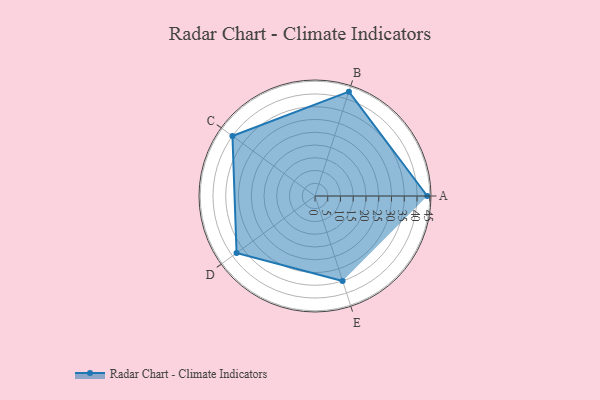
{"axis": {"x": "Skill", "y": "Score"}, "legend": ["Profile"], "data": [{"x": "A", "y": 44.0, "type": "Profile"}, {"x": "B", "y": 43.0, "type": "Profile"}, {"x": "C", "y": 40.0, "type": "Profile"}, {"x": "D", "y": 38.0, "type": "Profile"}, {"x": "E", "y": 35.0, "type": "Profile"}]}